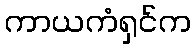
ကာယကံရှင်က